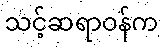
သင့်ဆရာဝန်က